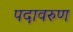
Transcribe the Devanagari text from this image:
पदावरुण